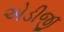
એડીજી